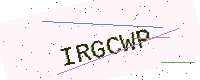
Text: IRGCWP